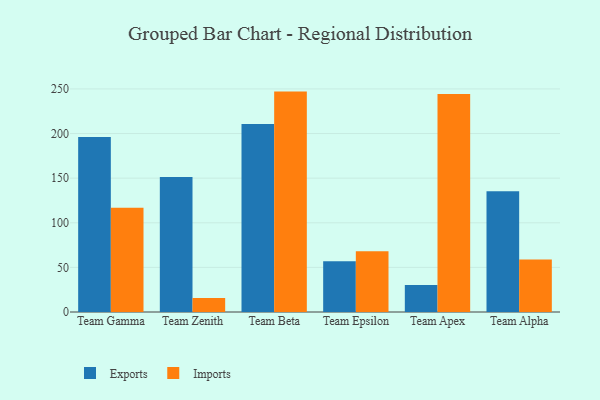
{"axis": {"x": "Team", "y": "Bounce Rate (%)"}, "legend": ["Exports", "Imports"], "data": [{"x": "Team Gamma", "y": 196.1, "type": "Exports"}, {"x": "Team Gamma", "y": 116.9, "type": "Imports"}, {"x": "Team Zenith", "y": 151.3, "type": "Exports"}, {"x": "Team Zenith", "y": 15.6, "type": "Imports"}, {"x": "Team Beta", "y": 210.8, "type": "Exports"}, {"x": "Team Beta", "y": 247.0, "type": "Imports"}, {"x": "Team Epsilon", "y": 57.0, "type": "Exports"}, {"x": "Team Epsilon", "y": 68.2, "type": "Imports"}, {"x": "Team Apex", "y": 30.3, "type": "Exports"}, {"x": "Team Apex", "y": 244.4, "type": "Imports"}, {"x": "Team Alpha", "y": 135.3, "type": "Exports"}, {"x": "Team Alpha", "y": 58.9, "type": "Imports"}]}